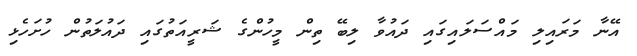
އޭނާ މަރައިލި މައްސަލައިގައި ދައުވާ ލިބޭ ތިން މީހުންގެ ޝަރީއަތުގައި ދައުލަތުން ހުށަހެޅި